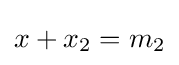
x+x_{2}=m_{2}